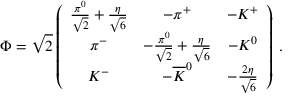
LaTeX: \Phi = \sqrt { 2 } \left( \begin{array} { c c c } { { \frac { \pi ^ { 0 } } { \sqrt { 2 } } + \frac { \eta } { \sqrt { 6 } } } } & { { - \pi ^ { + } } } & { { - K ^ { + } } } \\ { { \pi ^ { - } } } & { { - \frac { \pi ^ { 0 } } { \sqrt { 2 } } + \frac { \eta } { \sqrt { 6 } } } } & { { - K ^ { 0 } } } \\ { { K ^ { - } } } & { { - \overline { { { K } } } ^ { 0 } } } & { { - \frac { 2 \eta } { \sqrt { 6 } } } } \end{array} \right) \: .